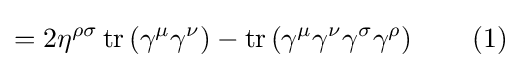
=2\eta ^{\rho \sigma }\operatorname {tr} \left(\gamma ^{\mu }\gamma ^{\nu }\right)-\operatorname {tr} \left(\gamma ^{\mu }\gamma ^{\nu }\gamma ^{\sigma }\gamma ^{\rho }\right)\quad \quad (1)